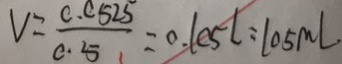
V = \frac { 0 . 0 5 2 5 } { 0 . 5 } = 0 . 1 0 5 l : 1 0 5 m l .